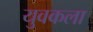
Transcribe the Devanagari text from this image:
युवकला